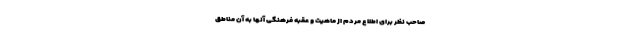
صاحب نظر برای اطلاع مردم از ماهیت و عقبه فرهنگی آنها به آن مناطق